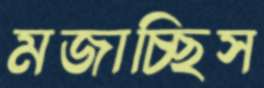
মজাচ্ছিস